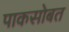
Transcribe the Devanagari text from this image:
पाकसोबत